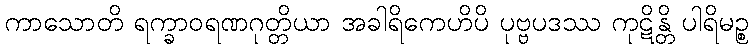
ကာသောတိ ရက္ခာဝရဏဂုတ္တိယာ အခါရိကေဟိပိ ပုဗ္ဗပဒဿ ကုဋိန္တိ ပါရိမဉ္စ